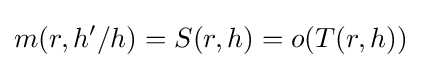
m(r,h'/h)=S(r,h)=o(T(r,h))